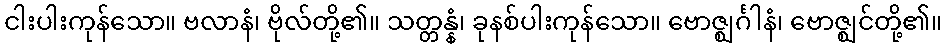
ငါးပါးကုန်သော။ ဗလာနံ၊ ဗိုလ်တို့၏။ သတ္တန္နံ၊ ခုနစ်ပါးကုန်သော။ ဗောဇ္ဈင်္ဂါနံ၊ ဗောဇ္ဈင်တို့၏။